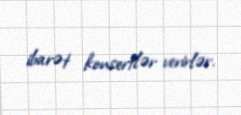
ibarət konsertlər verirlər.